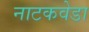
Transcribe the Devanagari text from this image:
नाटकवेडा